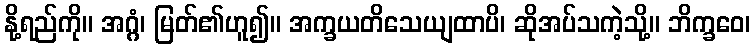
နို့ရည်ကို။ အဂ္ဂံ၊ မြတ်၏ဟူ၍။ အက္ခယတိသေယျထာပိ၊ ဆိုအပ်သကဲ့သို့။ ဘိက္ခဝေ၊